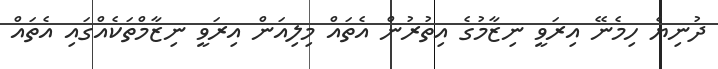
ދުނިޔެ ހިމެނޭ އިރަވީ ނިޒާމުގެ އިތުރުން އެތައް މިލިއަން އިރަވީ ނިޒާމްތަކެއްގައި އެތައް